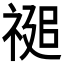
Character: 𮂂